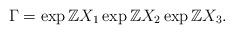
LaTeX: \begin{align*}\Gamma=\exp\mathbb{Z} X_1\exp\mathbb{Z}X_2\exp\mathbb{Z} X_3.\end{align*}